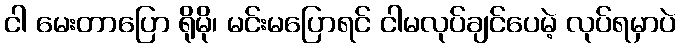
ငါ မေးတာပြော ရိုမို၊ မင်းမပြောရင် ငါမလုပ်ချင်ပေမဲ့ လုပ်ရမှာပဲ